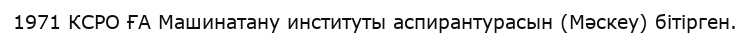
1971 КСРО ҒА Машинатану институты аспирантурасын (Мәскеу) бітірген.